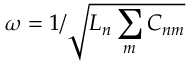
\omega = 1 / \sqrt { L _ { n } \sum _ { m } C _ { n m } }